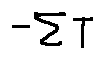
- \sum T